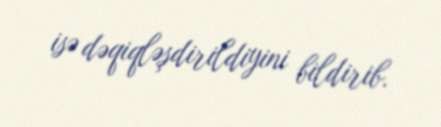
isə dəqiqləşdirildiyini bildirib.